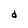
Character: d